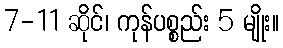
7-11 ဆိုင်၊ ကုန်ပစ္စည်း 5 မျိုး။